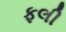
ફલી